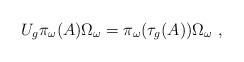
LaTeX: \begin{align*}U_{g} \pi_{\omega}(A) \Omega_{\omega}= \pi_{\omega}(\tau_{g}(A))\Omega_{\omega} \ ,\end{align*}